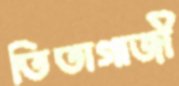
তিতাগাজী